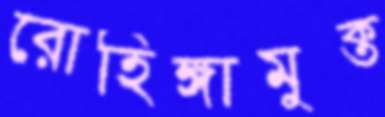
রোহিঙ্গামুক্ত